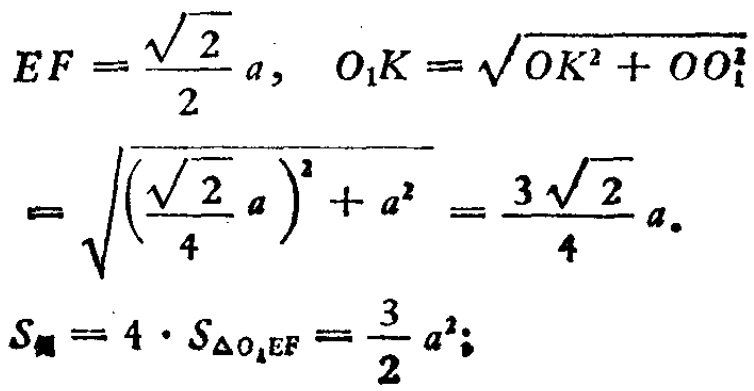
\[
\begin{align*}
EF&=\frac{\sqrt{2}}{2}a, \quad O_{1}K = \sqrt{OK^{2}+OO_{1}^{2}}\\
&=\sqrt{\left(\frac{\sqrt{2}}{4}a\right)^{2}+a^{2}}=\frac{3\sqrt{2}}{4}a.\\
S_{侧}&=4\cdot S_{\triangle O_{1}EF}=\frac{3}{2}a^{2};
\end{align*}
\]